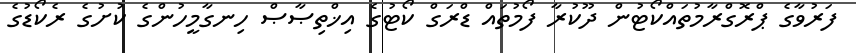
ފަރުވާގެ ޕްރޮގްރާމުތައްކޯޓުން ދޫކުރާ ފޯމުތައް ޑްރަގް ކޯޓުގެ އިޚްތިޞާޞް ހިނގާމީހުންގެ ކުށުގެ ރެކޯޑުގެ